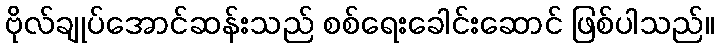
ဗိုလ်ချုပ်အောင်ဆန်းသည် စစ်ရေးခေါင်းဆောင် ဖြစ်ပါသည်။